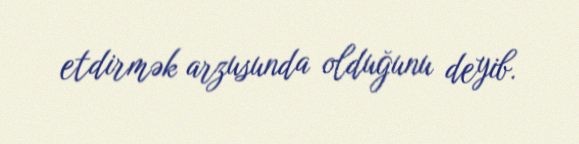
etdirmək arzusunda olduğunu deyib.